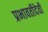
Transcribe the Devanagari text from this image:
प्रभावतीदेवी